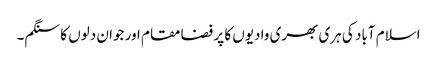
اسلام آباد کی ہری بھری وادیوں کا پر فضا مقام اور جوان دلوں کا سنگم۔